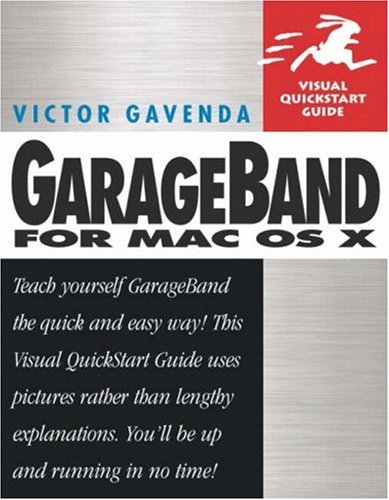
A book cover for GarageBand for Mac OS X; Victor Gavenda; Computers & Technology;